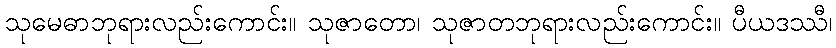
သုမေဓာဘုရားလည်းကောင်း။ သုဇာတော၊ သုဇာတဘုရားလည်းကောင်း။ ပီယဒဿီ၊